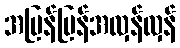
အပြန်ပြန်အလှန်လှန်